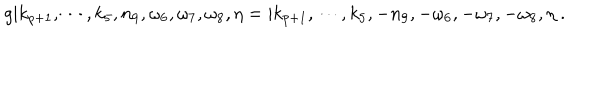
g | k _ { p + 1 } , \cdots , k _ { 5 } , n _ { 9 } , \omega _ { 6 } , \omega _ { 7 } , \omega _ { 8 } , \eta = | k _ { p + 1 } , \cdots , k _ { 5 } , - n _ { 9 } , - \omega _ { 6 } , - \omega _ { 7 } , - \omega _ { 8 } , \eta \ .